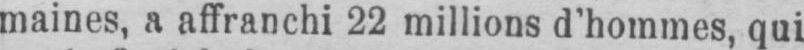
maines, a affranchi 22 millions d’hommes, qui